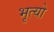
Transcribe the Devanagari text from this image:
भृत्यो